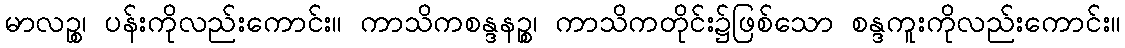
မာလဉ္စ၊ ပန်းကိုလည်းကောင်း။ ကာသိကစန္ဒနဉ္စ၊ ကာသိကတိုင်း၌ဖြစ်သော စန္ဒကူးကိုလည်းကောင်း။